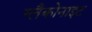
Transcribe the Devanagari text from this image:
ग्लैकोनाइट